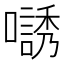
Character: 𡁹